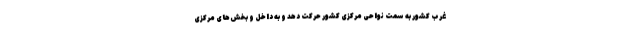
غرب کشور به سمت نواحی مرکزی کشور حرکت دهد و به داخل و بخش‌های مرکزی